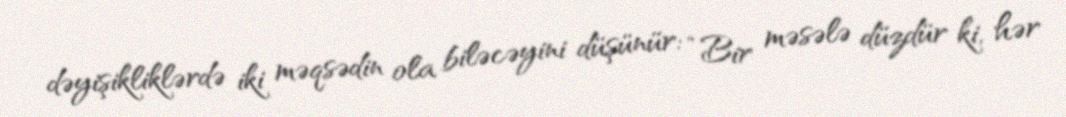
dəyişikliklərdə iki məqsədin ola biləcəyini düşünür: “Bir məsələ düzdür ki, hər